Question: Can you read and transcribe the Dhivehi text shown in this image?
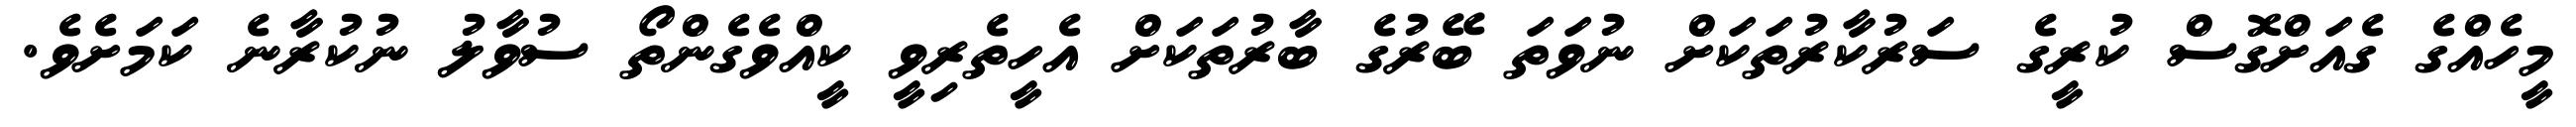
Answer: މީހެއްގެ ގެއަށްގޮސް ކުރީގެ ސަރުކާރުތަކަށް ނުވަތަ ބޭރުގެ ބާރުތަކަށް އެހީތެރިވީ ކީއްވެގެންތޯ ސުވާލު ނުކުރާނެ ކަމަށެވެ.